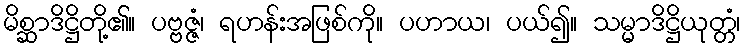
မိစ္ဆာဒိဋ္ဌိတို့၏။ ပဗ္ဗဇ္ဇံ၊ ရဟန်းအဖြစ်ကို။ ပဟာယ၊ ပယ်၍။ သမ္မာဒိဋ္ဌိယုတ္တံ၊